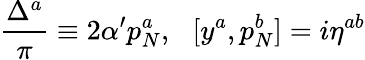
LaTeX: \frac{\Delta^{a}}{\pi}\equiv 2\alpha^{\prime}p_{N}^{a},\: \: \: [y^{a},p_{N}^{b}]=i\eta^{ab}